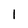
Character: 1